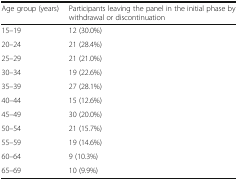
| Age group (years) | Participants leaving the panel in the initial phase by withdrawal or discontinuation |
 | --- | --- |
 | 15–19 | 12 (30.0%) |
 | 20–24 | 21 (28.4%) |
 | 25–29 | 21 (21.0%) |
 | 30–34 | 19 (22.6%) |
 | 35–39 | 27 (28.1%) |
 | 40–44 | 15 (12.6%) |
 | 45–49 | 30 (20.0%) |
 | 50–54 | 21 (15.7%) |
 | 55–59 | 19 (14.6%) |
 | 60–64 | 9 (10.3%) |
 | 65–69 | 10 (9.9%) |